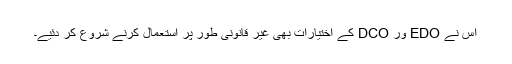
اس نے EDO ور DCO کے اختیارات بھی غیر قانونی طور پر استعمال کرنے شروع کر دئیے۔